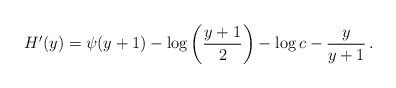
\begin{align*}H'(y) = \psi(y+1) - \log\left(\frac{y+1}{2}\right) - \log c - \frac{y}{y+1}\,.\end{align*}